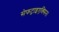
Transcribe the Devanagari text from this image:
सेफट्राइएक्सिन।